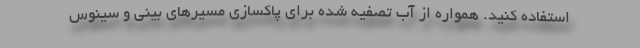
استفاده کنید. همواره از آب تصفیه شده برای پاکسازی مسیرهای بینی و سینوس